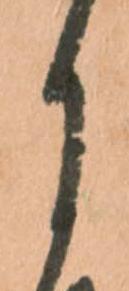
月